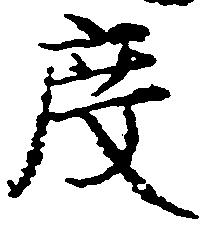
度